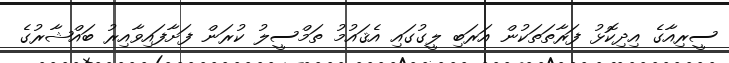
ސީރިއާގެ އިދިކޮޅު ފަރާތަތަކުން އަރަބި ލީގުގައި އެޤައުމު ތަމްސީލު ކުރަން ފަށާފައިވާއިރު ބައްޝާރުގެ